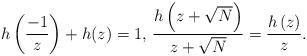
LaTeX: \begin{align*}h\left(\frac{-1}{z}\right)+h(z)=1\textrm{, }\frac{h\left(z+\sqrt{N}\right)}{z+\sqrt{N}}=\frac{h\left(z\right)}{z}.\end{align*}